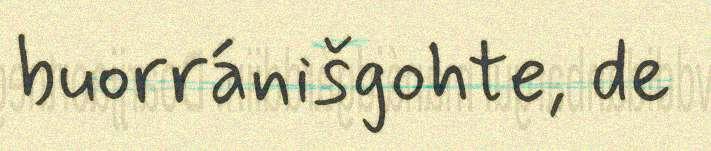
buorránišgohte, de